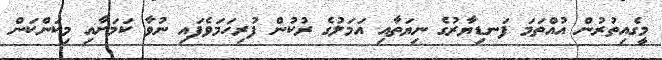
މީގެއިތުރުން އުއްތަމަ ފަނޑިޔާރުގެ ނިޔަތާއި އަމަލުގެ ރުކުން ފުރިހަމަވެފައި ނުވާ ކަމަށާއި މިކަންކަން